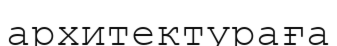
архитектураға